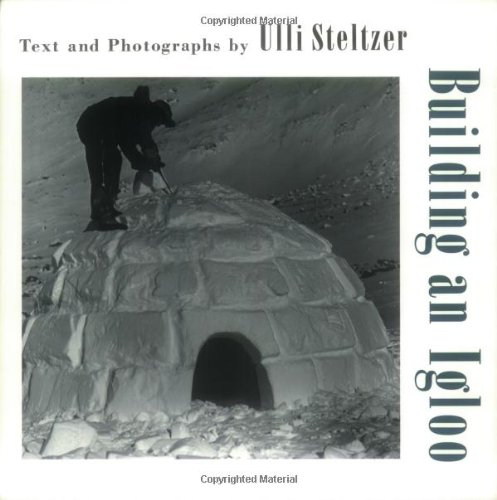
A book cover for Building an Igloo; Ulli Steltzer; Children's Books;